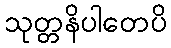
သုတ္တနိပါတေပိ